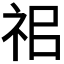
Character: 𥘰